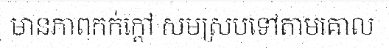
មានភាពកក់ក្តៅ សមស្របទៅតាមគោល